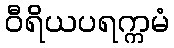
ဝီရိယပရက္ကမံ